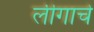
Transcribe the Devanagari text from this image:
लीगाचे